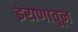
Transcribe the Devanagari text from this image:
इराणातून